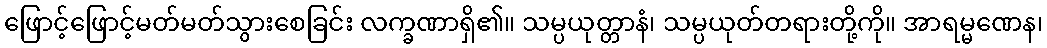
ဖြောင့်ဖြောင့်မတ်မတ်သွားစေခြင်း လက္ခဏာရှိ၏။ သမ္ပယုတ္တာနံ၊ သမ္ပယုတ်တရားတို့ကို။ အာရမ္မဏေန၊